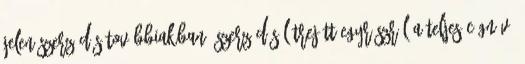
jelen szerződés továbbiakban: Szerződés létrejött egyrészről a Teljes Cégnév: